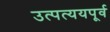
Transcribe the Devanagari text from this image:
उत्पत्ययपूर्व